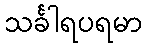
သင်္ခါရပရမာ